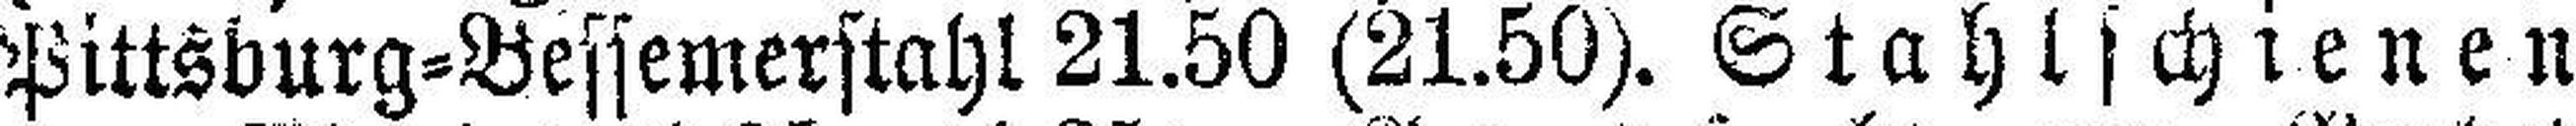
Pittsburg=Bessemerstahl 21.50 (21.50). Stahlschienen